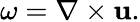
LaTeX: \omega=\nabla\times\mathbf{u}.